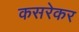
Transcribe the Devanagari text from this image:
कसरेकर